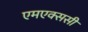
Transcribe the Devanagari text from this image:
एमएक्ससी